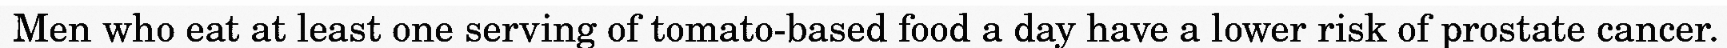
Men who eat at least one serving of tomato-based food a day have a lower risk of prostate cancer.